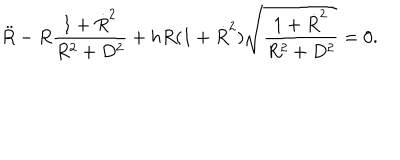
{ \ddot { R } } - R \frac { 1 + { \dot { R } } ^ { 2 } } { R ^ { 2 } + D ^ { 2 } } + h R ( 1 + { \dot { R } } ^ { 2 } ) \sqrt { \frac { 1 + { \dot { R } } ^ { 2 } } { R ^ { 2 } + D ^ { 2 } } } = 0 .